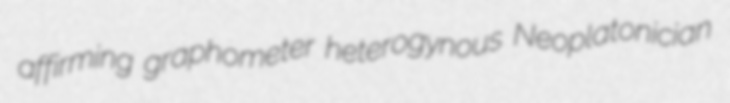
affirming graphometer heterogynous Neoplatonician